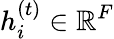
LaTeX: {h}_{i}^{(t)}\in\mathbb{R}^{F}